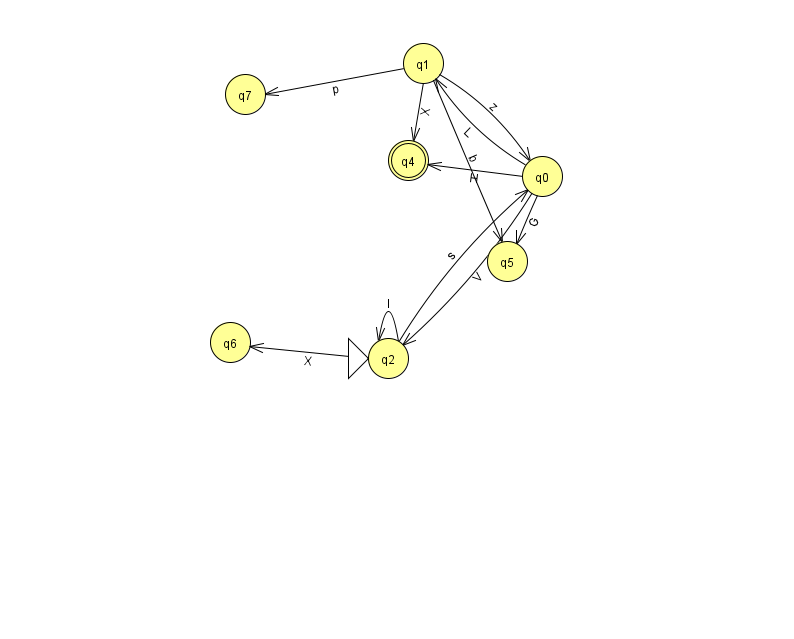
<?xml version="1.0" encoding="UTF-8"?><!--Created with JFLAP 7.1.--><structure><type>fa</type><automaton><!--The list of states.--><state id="0" name="q0"><x>542.0</x><y>163.0</y></state><state id="1" name="q1"><x>423.0</x><y>50.0</y></state><state id="2" name="q2"><x>388.0</x><y>345.0</y><initial/></state><state id="4" name="q4"><x>408.0</x><y>147.0</y><final/></state><state id="5" name="q5"><x>507.0</x><y>248.0</y></state><state id="6" name="q6"><x>230.0</x><y>329.0</y></state><state id="7" name="q7"><x>245.0</x><y>81.0</y></state><!--The list of transitions.--><transition><from>0</from><to>2</to><read>V</read></transition><transition><from>1</from><to>5</to><read>b</read></transition><transition><from>0</from><to>5</to><read>G</read></transition><transition><from>2</from><to>6</to><read>X</read></transition><transition><from>2</from><to>0</to><read>s</read></transition><transition><from>1</from><to>0</to><read>z</read></transition><transition><from>1</from><to>4</to><read>X</read></transition><transition><from>0</from><to>4</to><read>H</read></transition><transition><from>1</from><to>7</to><read>p</read></transition><transition><from>2</from><to>2</to><read>l</read></transition><transition><from>0</from><to>1</to><read>L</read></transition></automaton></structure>